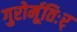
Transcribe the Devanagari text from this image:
गुरोर्मूतिःर्